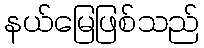
နယ်မြေဖြစ်သည်